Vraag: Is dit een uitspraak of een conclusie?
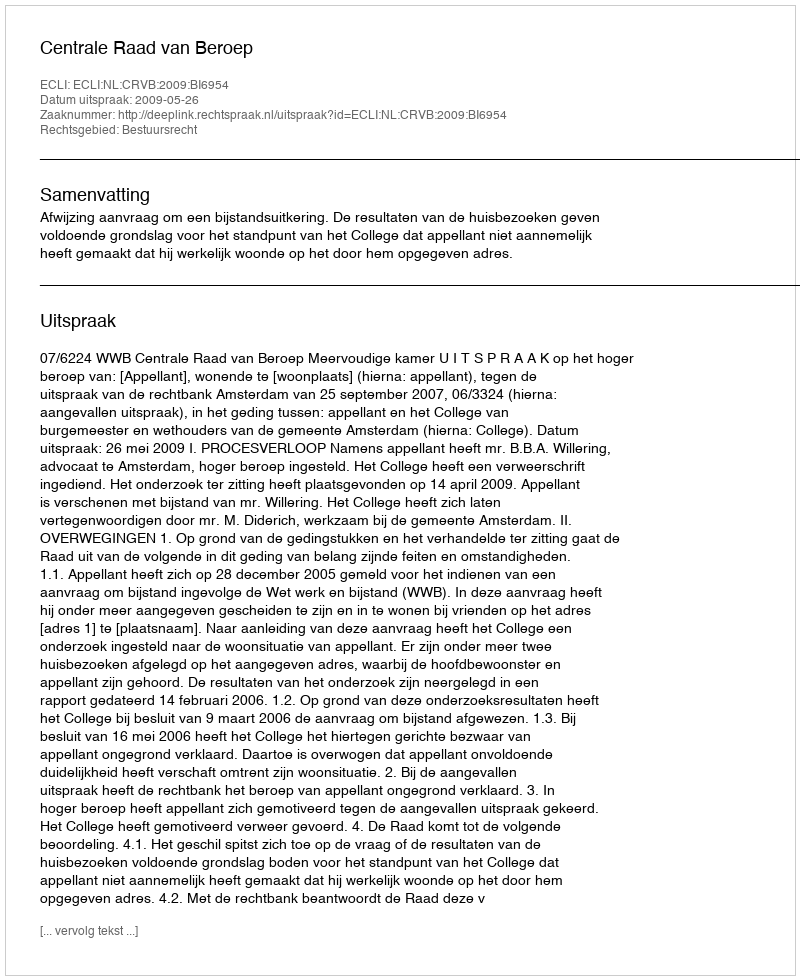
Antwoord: Uitspraak